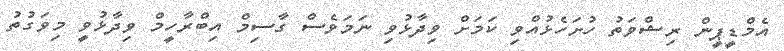
އެމްޑީޕީން ރިޝްވަތު ހުށަހެޅުއްވި ކަމަށް ވިދާޅުވި ނަމަވެސް ގާސިމް އިބްރާހީމް ވިދާޅުވީ މިވަގުތު